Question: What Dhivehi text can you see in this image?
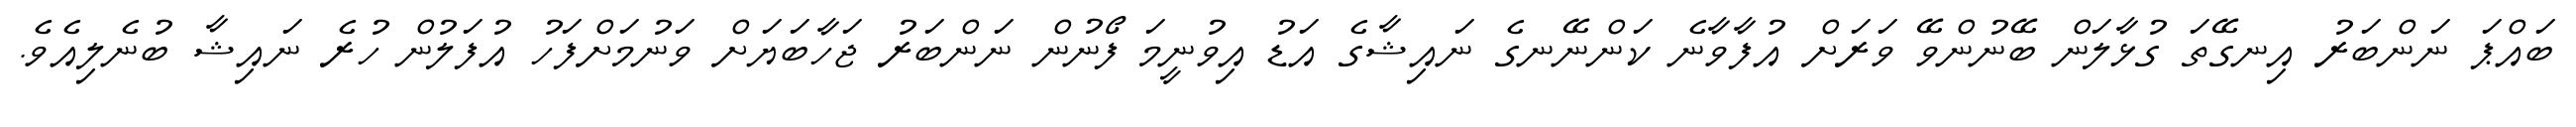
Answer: ބައްޕަ ނަންބަރު އިނގޭތަ ގުޅާލަން ބޭނުންވޭ ވަރަށް އުފާވާނެ ކަންނޭނގެ ނައިޝާގެ އަޑު އިވުނީމަ ފޯނުން ނަންބަރު ޖަހާބަޔަށް ވަނުމަށްފަހު އުފަލުން ހުރެ ނައިޝާ ބުނެލިއެވެ.